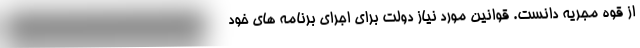
از قوه مجریه دانست. قوانین مورد نیاز دولت برای اجرای برنامه های خود